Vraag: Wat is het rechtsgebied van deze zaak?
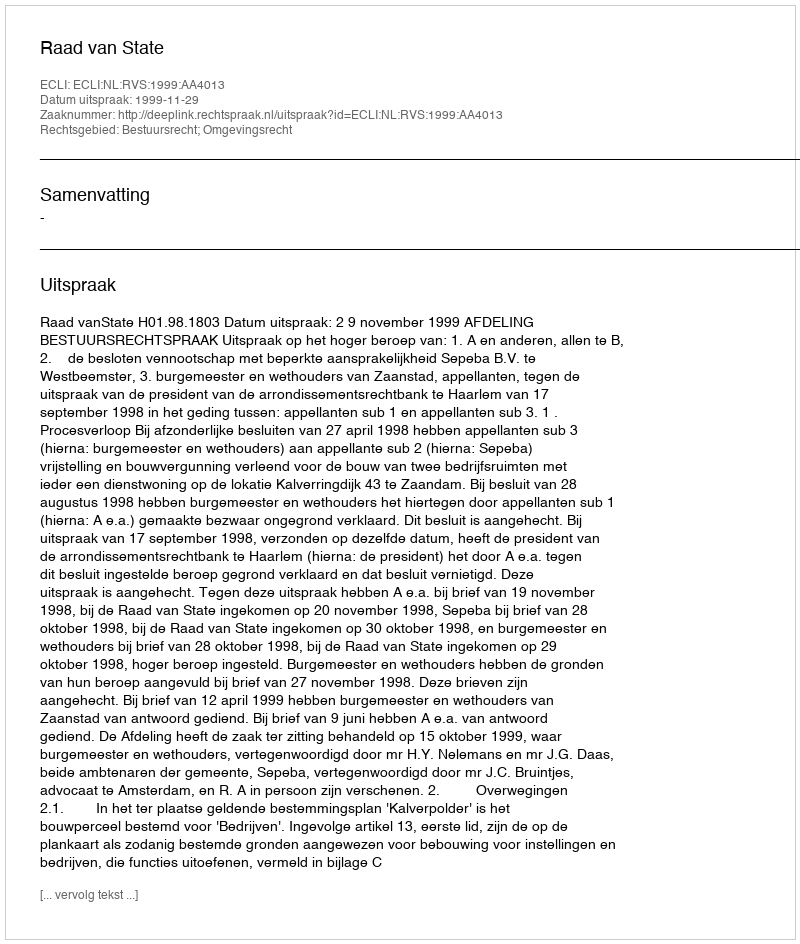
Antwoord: Bestuursrecht; Omgevingsrecht